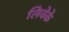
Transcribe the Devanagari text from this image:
लिवेके